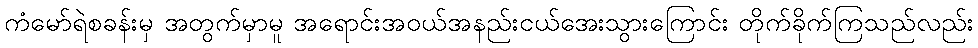
ကံမော်ရဲစခန်းမှ အတွက်မှာမူ အရောင်းအဝယ်အနည်းငယ်အေးသွားကြောင်း တိုက်ခိုက်ကြသည်လည်း